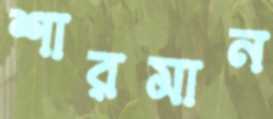
শারমান